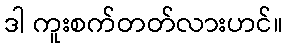
ဒါ ကူးစက်တတ်လားဟင်။